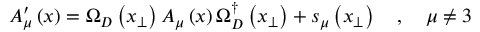
A _ { \mu } ^ { \prime } \left( x \right) = \Omega _ { D } \left( x _ { \perp } \right) A _ { \mu } \left( x \right) \Omega _ { D } ^ { \dagger } \left( x _ { \perp } \right) + s _ { \mu } \left( x _ { \perp } \right) \quad , \quad \mu \neq 3